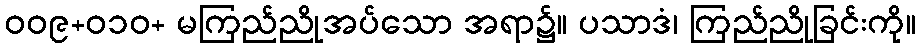
ဝဝ၉+၀၁ဝ+ မကြည်ညိုအပ်သော အရာ၌။ ပသာဒံ၊ ကြည်ညိုခြင်းကို။